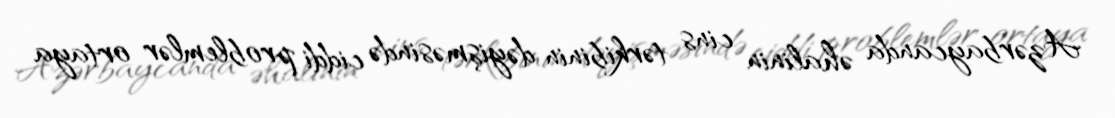
Azərbaycanda əhalinin cins tərkibinin dəyişməsində ciddi problemlər ortaya